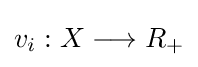
v_{i}:X\longrightarrow R_{+}